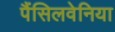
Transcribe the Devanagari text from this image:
पैंसिलवेनिया